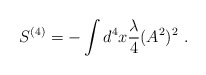
\begin{align*}S^{(4)} = - \int d^4x\frac{\lambda}{4} (A^2)^2 \ .\end{align*}